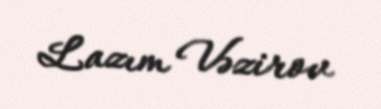
Lazım Vəzirov